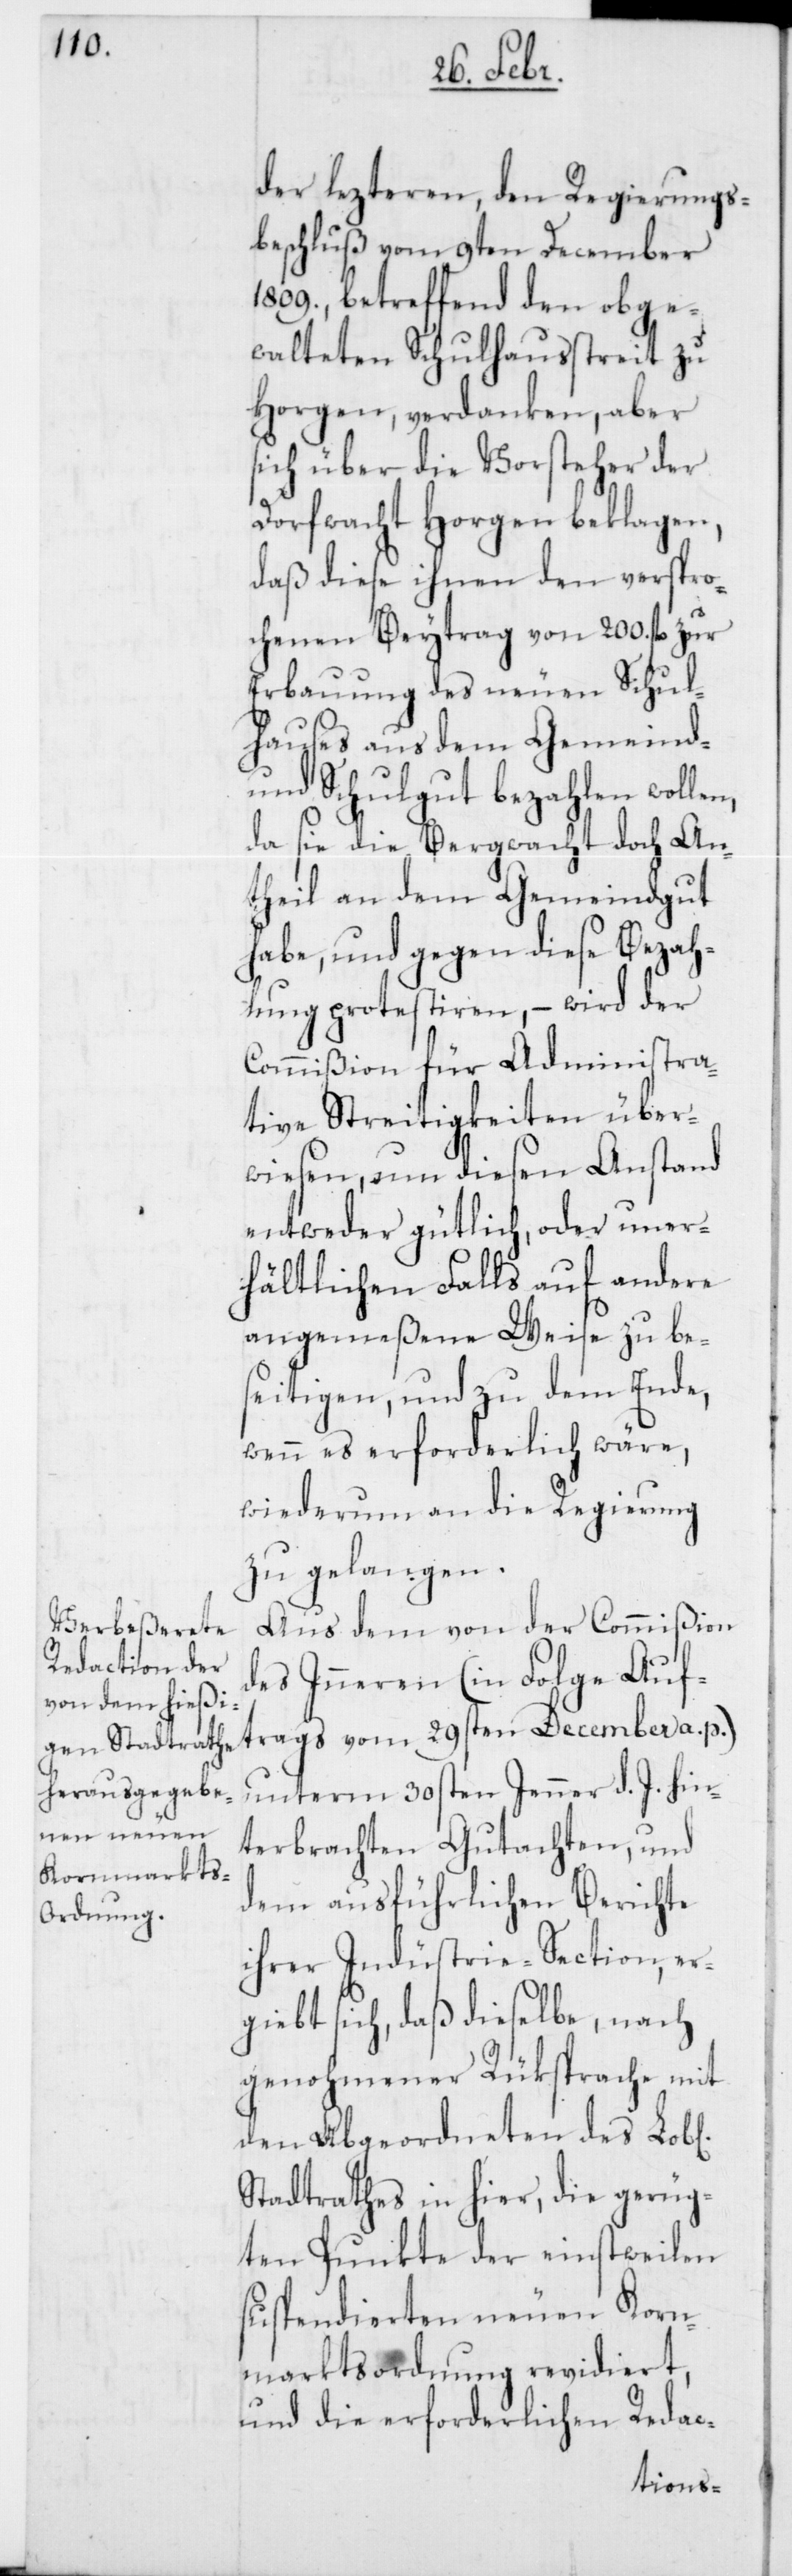
der lezteren, den Regierungs¬
beschluß vom 9ten December
1809., betreffend den obge¬
walteten Schulhausstreit zu
Horgen, verdanken, aber
sich über die Vorsteher der
Dorfwacht Horgen beklagen,
daß diese ihnen den verspro¬
chenen Beytrag von 200. fl.
Erbauung des neuen Schul¬
hauses aus dem Gemeind-
und Schulgut bezahlen wollen,
da sie die Bergwacht doch An¬
theil an dem Gemeindgut
habe, und gegen diese Bezah¬
lung protestiren, – wird der
Commißion für Administra¬
tive Streitigkeiten über¬
wiesen, um diesen Anstand
entweder gütlich, oder uner¬
hältlichen Falls auf andere
angemeßene Weise zu be¬
seitigen, und zu dem Ende,
wenn es erforderlich wäre,
wiederum an die Regierung
zu gelangen.
Aus dem von der Commißion
des Inneren (in Folge Auf¬
trags vom 29sten December a. p.)
unterm 30sten Jenner d. J. hin¬
terbrachten Gutachten, und
dem ausführlichen Berichte
ihrer Industrie-Section, er¬
giebt sich, daß dieselbe, nach
genohmener Rüksprache mit
den Abgeordneten des Lob[l¬
Stadtrathes in hier, die gerüg¬
ten Punkte der einstweilen
suspendierten neuen Korn¬
marktsordnung revidiert,
und die erforderlichen Redac-
ichen]